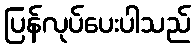
ပြန်လုပ်ပေးပါသည်